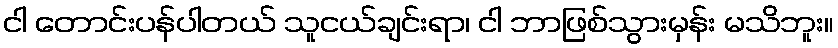
ငါ တောင်းပန်ပါတယ် သူငယ်ချင်းရာ၊ ငါ ဘာဖြစ်သွားမှန်း မသိဘူး။